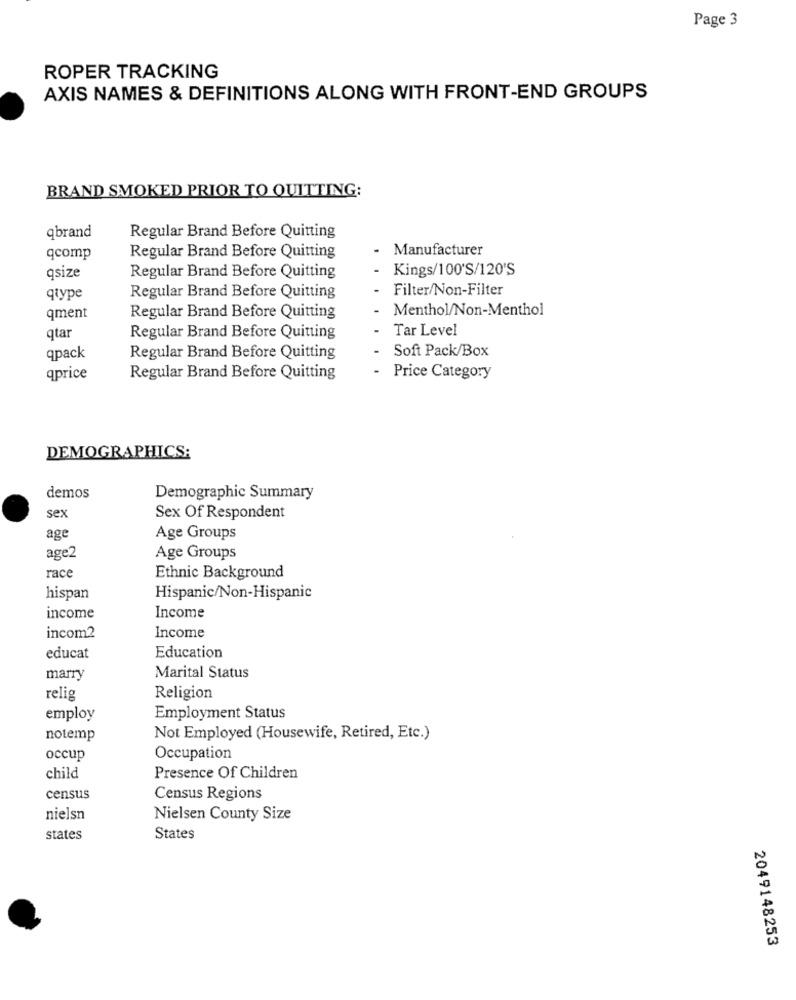
Page 3
ROPER TRACKING
AXIS NAMES & DEFINITIONS ALONG WITH FRONT-END GROUPS
BRAND SMOKED PRIOR TO QUITTING:
qbrand
Regular Brand Before Quitting
.
Manufacturer
qcomp
Regular Brand Before Quitting
- Kings/100'S/120'S
qsize
Regular Brand Before Quitting
- Filter/Non-Filter
qtype
Regular Brand Before Quitting
-
Menthol/Non-Menthol
qment
Regular Brand Before Quitting
-
Tar Level
qtar
Regular Brand Before Quitting
Soft Pack/Box
qpack
Regular Brand Before Quitting
.
qprice
Regular Brand Before Quitting
Price Category
DEMOGRAPHICS:
demos
Demographic Summary
sex
Sex Of Respondent
age
Age Groups
age2
Age Groups
race
Ethnic Background
hispan
Hispanic/Non-Hispanic
income
Income
incom2
Income
educat
Education
marry
Marital Status
relig
Religion
employ
Employment Status
notemp
Not Employed (Housewife, Retired, Etc.)
occup
Occupation
child
Presence Of Children
census
Census Regions
nielsn
Nielsen County Size
states
States
2049148253